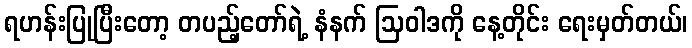
ရဟန်းပြုပြီးတော့ တပည့်တော်ရဲ့ နံနက် ဩဝါဒကို နေ့တိုင်း ရေးမှတ်တယ်၊